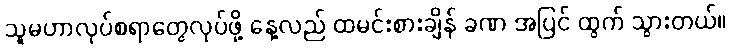
သူမဟာလုပ်စရာတွေလုပ်ဖို့ နေ့လည် ထမင်းစားချိန် ခဏ အပြင် ထွက် သွားတယ်။